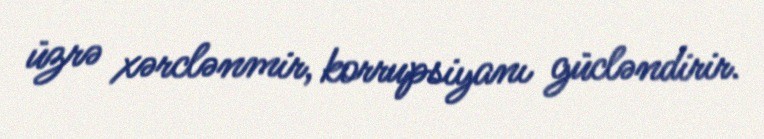
üzrə xərclənmir, korrupsiyanı gücləndirir.